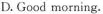
D. Good morning.